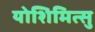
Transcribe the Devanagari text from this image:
योशिमित्सु